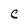
Character: C